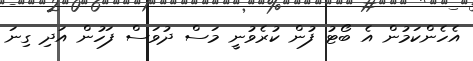
އެހެންކަމުން އެ ބޯޓު ފުން ކުރެވުނީ މަސް ދުވަސް ފަހުން އަދި ގިނަ